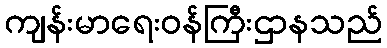
ကျန်းမာရေးဝန်ကြီးဌာနသည်